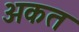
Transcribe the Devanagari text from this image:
अकत